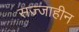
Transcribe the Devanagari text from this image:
सज्जाहीन